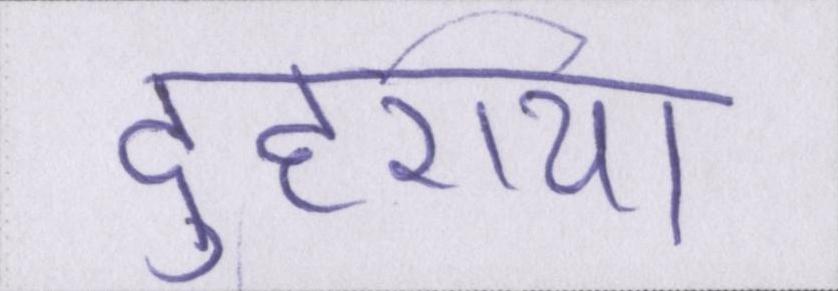
दुहराया